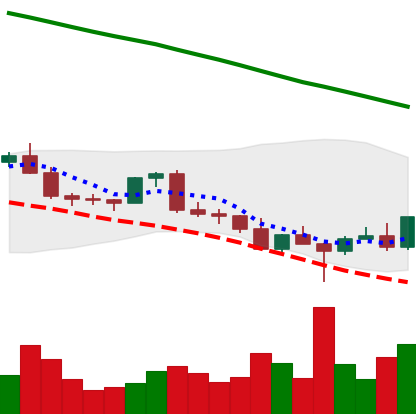
Ticker: EOS-USD
Chart end date: 2022-02-28
Forward return: -10.348%
Label: down_7plus